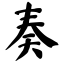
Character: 奏